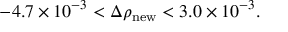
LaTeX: - 4 . 7 \times 1 0 ^ { - 3 } < \Delta \rho _ { \mathrm { n e w } } < 3 . 0 \times 1 0 ^ { - 3 } .